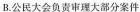
B.公民大会负责审理大部分案件